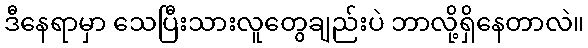
ဒီနေရာမှာ သေပြီးသားလူတွေချည်းပဲ ဘာလို့ရှိနေတာလဲ။